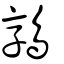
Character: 𩁛